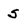
Character: S